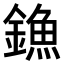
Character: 𨫷